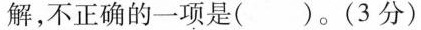
解，不正确的一项是()。(3分)